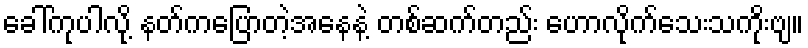
ခေါ်ကုပါလို့ နတ်ကပြောတဲ့အနေနဲ့ တစ်ဆက်တည်း ဟောလိုက်သေးသကိုးဗျ။